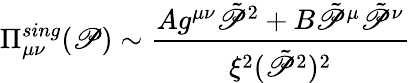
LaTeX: \Pi_{\mu\nu}^{sing}(\mathscr{P})\sim\frac{{Ag^{\mu\nu}\tilde{{\mathscr{P}}}^{2}+B\tilde{{\mathscr{P}}}^{\mu}\tilde{{\mathscr{P}}}^{\nu}}}{{\xi^{2}(\tilde{{\mathscr{P}}}^{2})^{2}}}